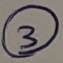
Text: 3